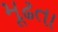
મૂઢતા